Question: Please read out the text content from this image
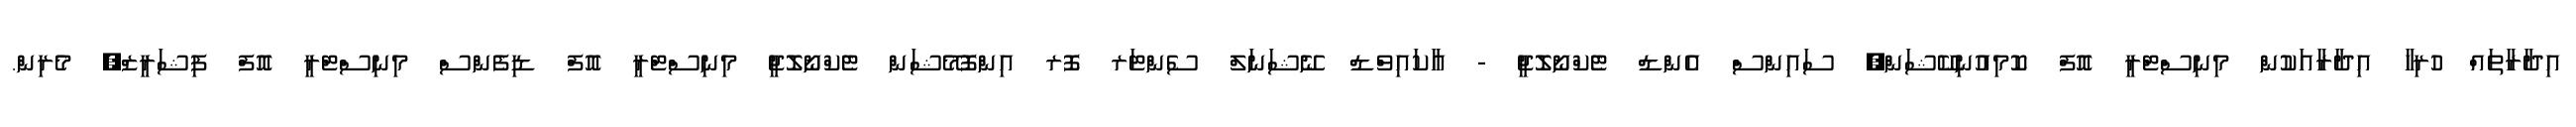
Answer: އިދާރާތައް ހުރިހާ އިދާރާއަކުން މިނިސްޓްރީ އޮފް ކޮމިއުނިކޭޝަން, ސައިންސް އެންޑް ޓެކްނޯލޮޖީ - އާކައިވްޑް ނޭޝަނަލް ސެންޓަރ ފޮރ އިންފޮމޭޝަން ޓެކްނޯލޮޖީ މިނިސްޓްރީ އޮފް ޑިފެންސް މިނިސްޓްރީ އޮފް ފިޝަރީޒް, މެރިން.